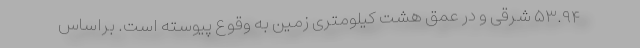
۵۳.۹۴ شرقی و در عمق هشت کیلومتری زمین به وقوع پیوسته است. براساس